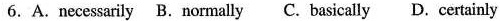
6. A.Necessarily B.Normally C. Basically D. Certainly